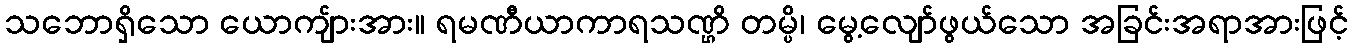
သဘောရှိသော ယောကျ်ားအား။ ရမဏီယာကာရသဏ္ဌိ တမ္ပိ၊ မွေ့လျော်ဖွယ်သော အခြင်းအရာအားဖြင့်